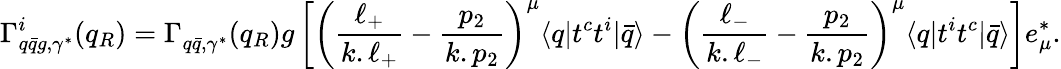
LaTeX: \Gamma_{q\bar{q}g,\gamma^{*}}^{i}(q_{R})=\Gamma_{q\bar{q},\gamma^{*}}^{}(q_{R})g\left[\left(\frac{\ell_{+}}{k.\ell_{+}}-\frac{p_{2}}{k.p_{2}}\right)^{\mu}\langle q|t^{c}t^{i}|\bar{q}\rangle-\left(\frac{\ell_{-}}{k.\ell_{-}}-\frac{p_{2}}{k.p_{2}}\right)^{\mu}\langle q|t^{i}t^{c}|\bar{q}\rangle\right]e_{\mu}^{*}.